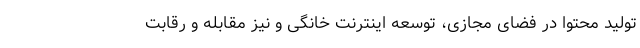
تولید محتوا در فضای مجازی، توسعه اینترنت خانگی و نیز مقابله و رقابت